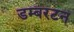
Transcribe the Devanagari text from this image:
डम्बरटन